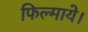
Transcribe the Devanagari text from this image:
फिल्माये।